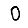
Digit: 0